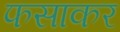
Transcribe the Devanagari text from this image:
फसाकर